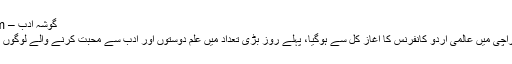
گوشہ ادب – Zaraye.com
آرٹس کونسل کراچی میں عالمی اردو کانفرنس کا آغاز کل سے ہوگیا، پہلے روز بڑی تعداد میں علم دوستوں اور ادب سے محبت کرنے والے لوگوں نے شرکت کی۔